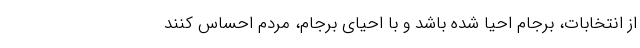
از انتخابات، برجام احیا شده باشد و با احیای برجام، مردم احساس کنند